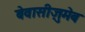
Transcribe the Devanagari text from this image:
बेवासीज़ुमेब